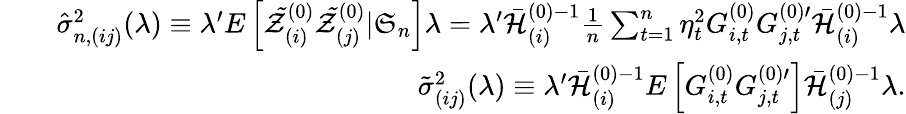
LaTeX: \begin{array}{rlr}&{}&{\hat{\sigma}_{n,(ij)}^{2}(\lambda)\equiv\lambda^{\prime}E\left[\mathcal{\tilde{Z}}_{(i)}^{(0)}\mathcal{\tilde{Z}}_{(j)}^{(0)}|\mathfrak{S}_{n}\right]\lambda=\lambda^{\prime}\mathcal{\bar{H}}_{(i)}^{(0)-1}\frac{1}{n}\sum_{t=1}^{n}\eta_{t}^{2}G_{i,t}^{(0)}G_{j,t}^{(0)\prime}\mathcal{\bar{H}}_{(i)}^{(0)-1}\lambda}\\ &{}&{\tilde{\sigma}_{(ij)}^{2}(\lambda)\equiv\lambda^{\prime}\mathcal{\bar{H}}_{(i)}^{(0)-1}E\left[G_{i,t}^{(0)}G_{j,t}^{(0)\prime}\right]\mathcal{\bar{H}}_{(j)}^{(0)-1}\lambda.}\end{array}